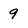
Character: 9